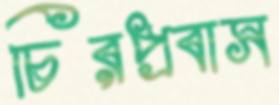
চিরপ্রবাস